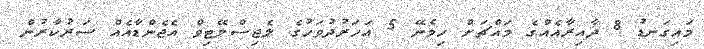
މައިގަނޑު 8 ދާއިރާއެއްގެ މައްޗަށް ހިމެނޭ 5 އަހަރުދުވަހުގެ ލެޖިސްލޭޓިވް އެޖެންޑާއެއް ސަރުކާރުން